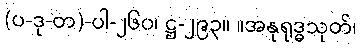
(ပ-ဒု-တ)-ပါ-၂၆၀၊ ဋ္ဌ-၂၉၃။ ။အနုရုဒ္ဓသုတ်၊